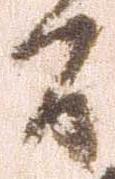
間